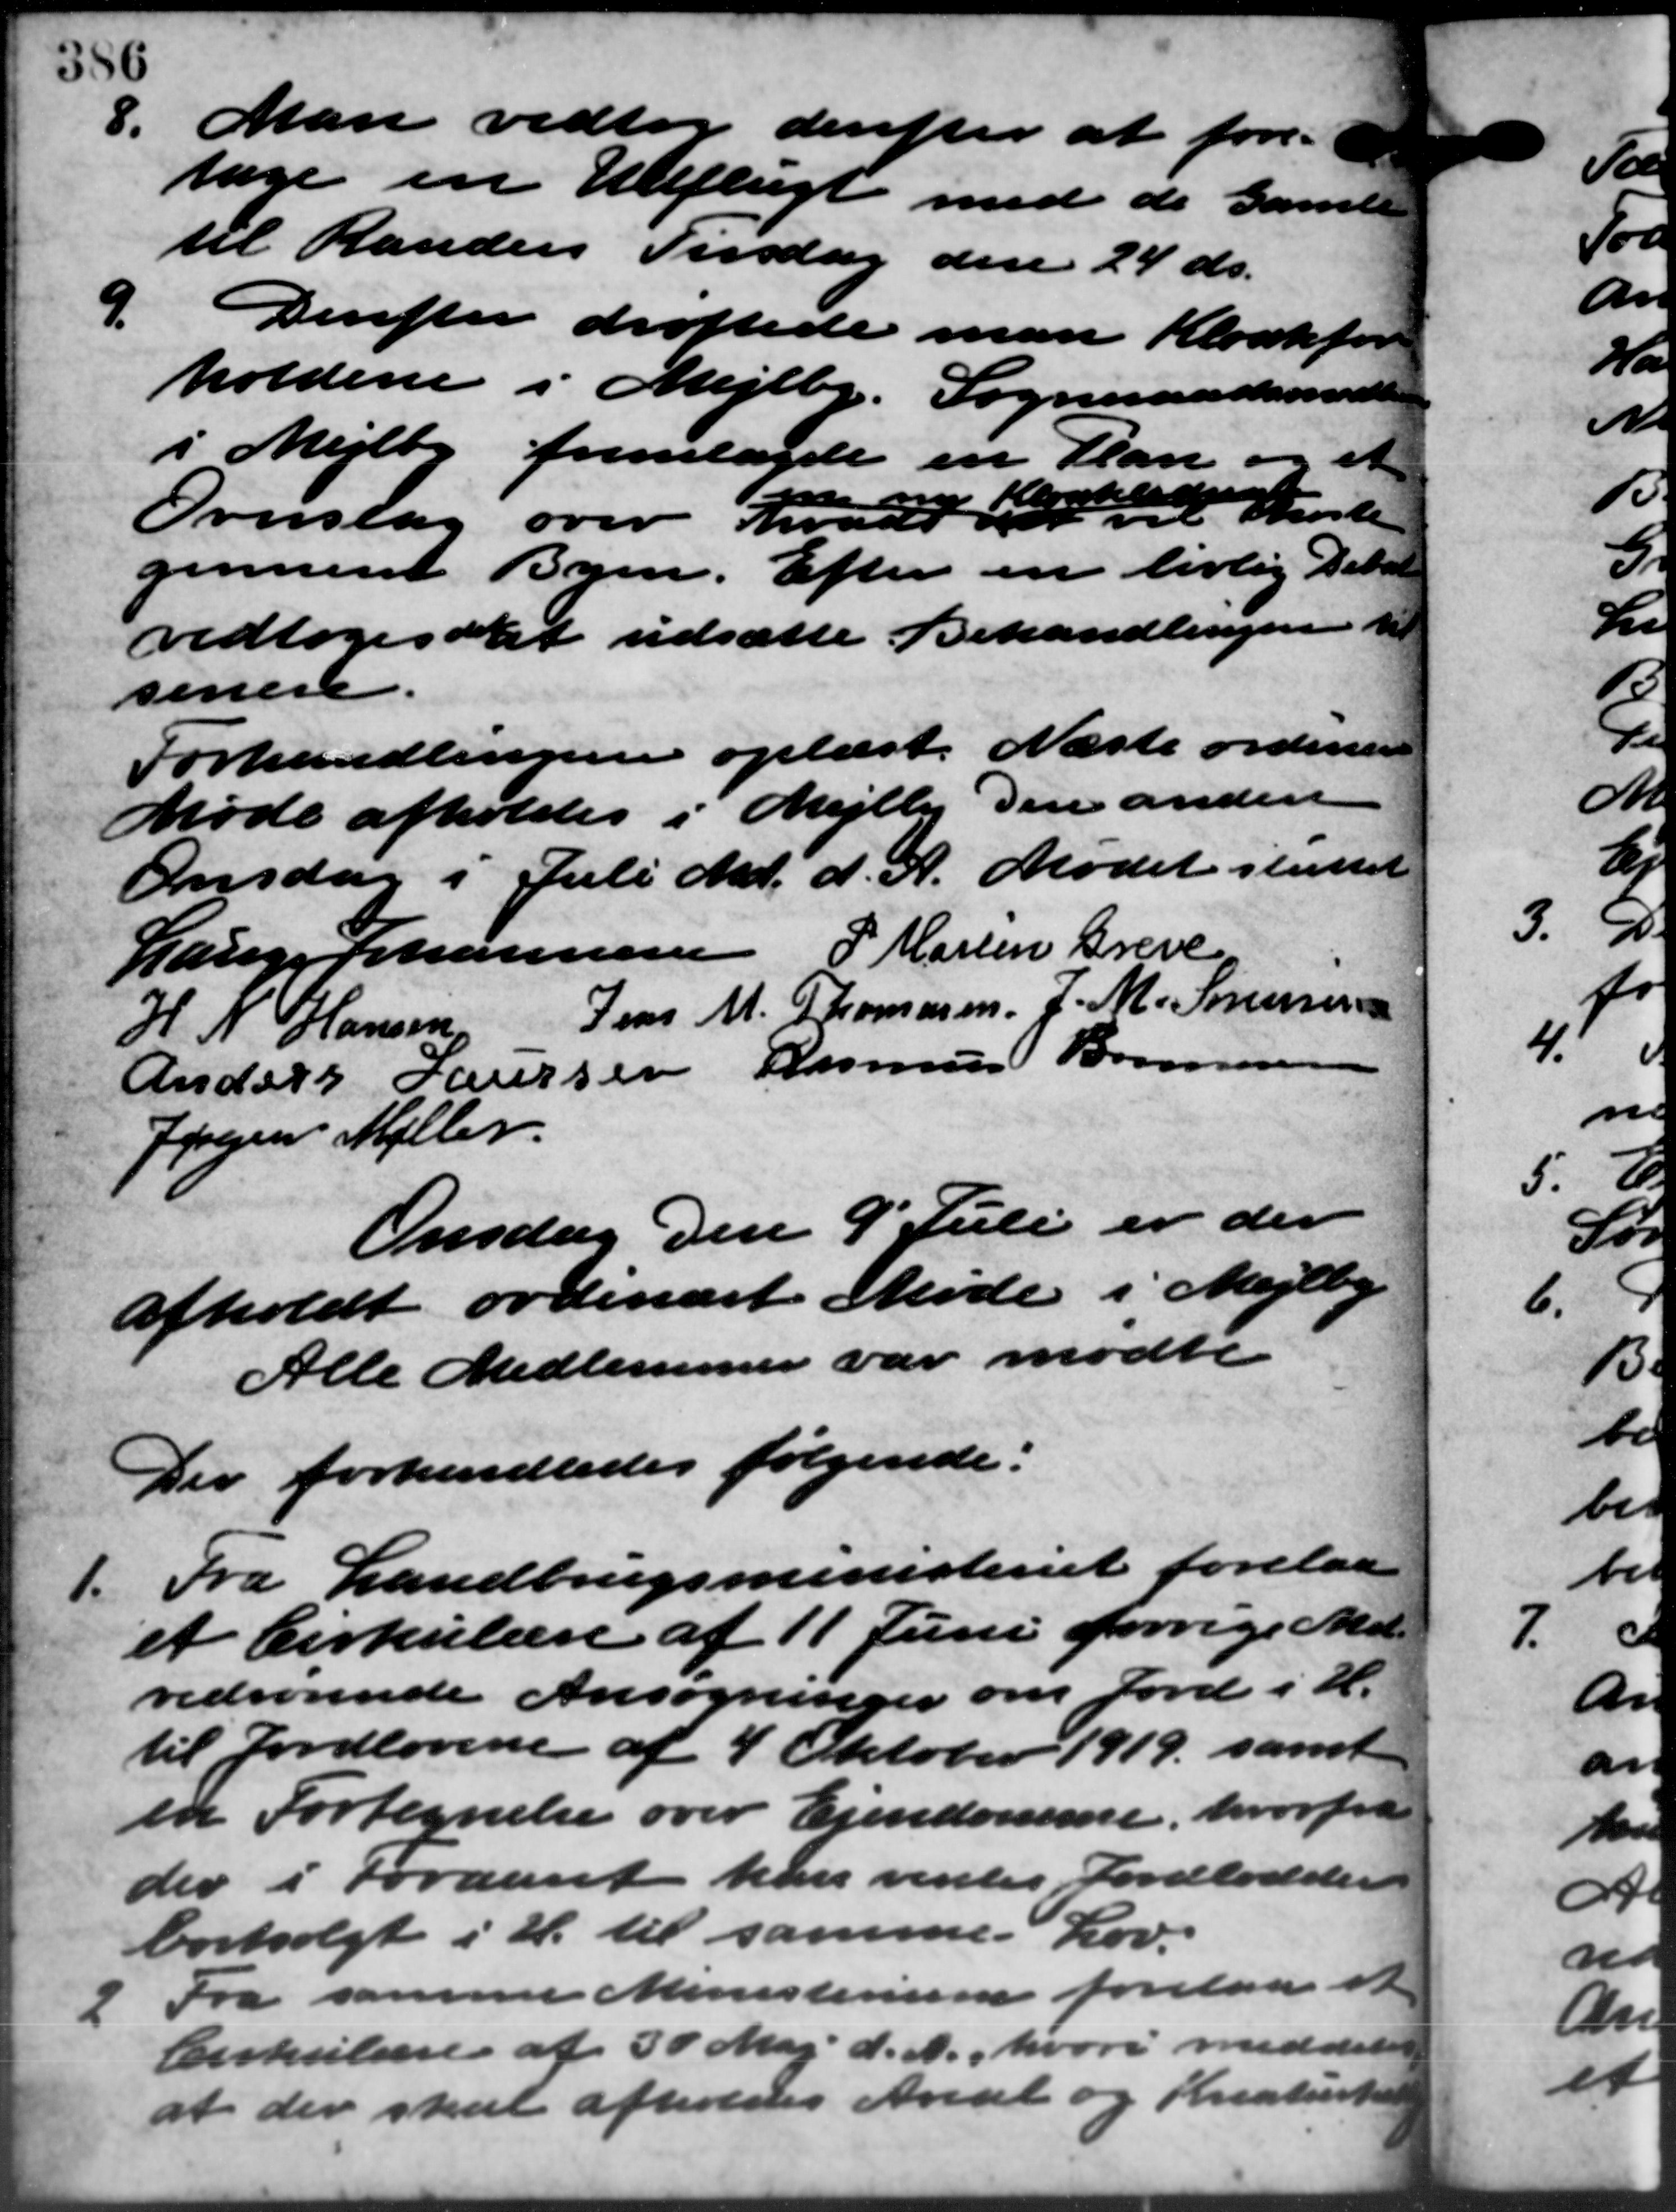
Transskription:
8.
Man vedtog derefter at fore-
tage en Udflugt med de Gamle
til Randers Tirsdag den 24 ds.
9.
Derefter drøftede man Kloakfor
holdene i Mejlby. Sogneraadsmøde
i Mejlby fremlagde en Plan og et
d
Overslag over hvad den Morte
gennem Byen. Efter en livlig Debr
vedtoges at udsætte Behandlingen til
senere
Forhandlingen oplæst. Næste ordinære
Møde afholdes i Mejlby Den anden
Onsdag i Juli Md. d. A. Mødet sluttet
Lauge Johannesen P. Martin Greve
H. N. Hansen
Jens M. Thomasen J. M. Sørensen
Anders Laursen Rasmus Bonnes
Jørgen Møller
Onsdag den 9´Juli er der
afholdt ordinært Møde i Mejlby
Alle Medlemmer var mødte.
Der forhandledes følgende:
1. Fra Landbrugsministeriet forelaa
1. Fra Landbrugsministeriet forelaa
et Cirkulære af 11 Juni forrige Med
vedrørende Ansøgninger om Jord i H.
til Jordlovene af 4 Oktober 1919 samt
en Fortegnelse over Ejendomme, hvorfra
der i Foraaret kan ventes Jordlodelse
bortsolgt i H. til samme Lov.

Fra samme Ministerium forelaa et
Cirkulære af 30 Maj d. A., hvori meddeler
at der skal afholdes Areal og Kreaturte